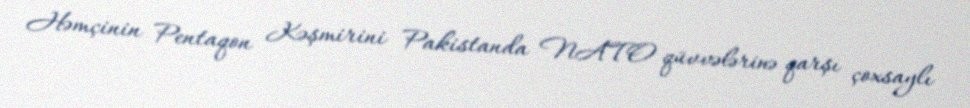
Həmçinin Pentaqon Kəşmirini Pakistanda NATO qüvvələrinə qarşı çoxsaylı